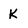
Character: k